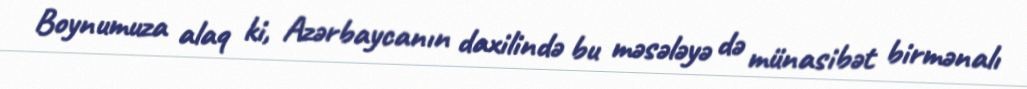
Boynumuza alaq ki, Azərbaycanın daxilində bu məsələyə də münasibət birmənalı